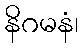
နိဂမနံ၊